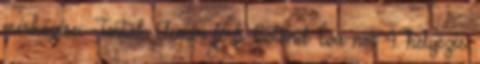
mérkőzései: Terták Elemér férfi Botond Éva női 4. helyezés